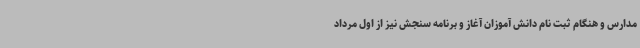
مدارس و هنگام ثبت نام دانش آموزان آغاز و برنامه سنجش نیز از اول مرداد